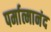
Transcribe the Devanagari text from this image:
पर्मात्मानंद